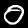
Label: 0